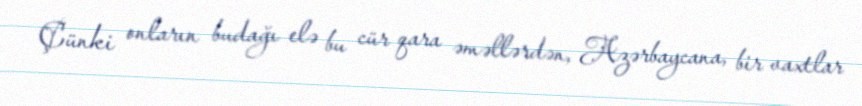
Çünki onların budağı elə bu cür qara əməllərdən, Azərbaycana, bir vaxtlar